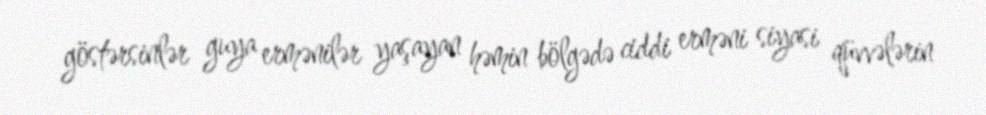
göstərsinlər guya ermənilər yaşayan həmin bölgədə ciddi erməni siyasi qüvvələrin